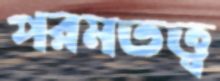
পরমতত্ত্ব